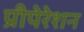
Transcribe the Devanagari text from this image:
प्रीपेरेशन